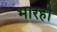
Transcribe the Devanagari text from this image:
भारही